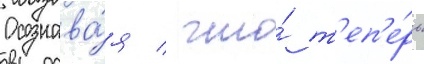
Осознава́я / что́ т'еп'е́рь